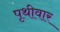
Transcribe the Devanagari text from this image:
पृथीवार